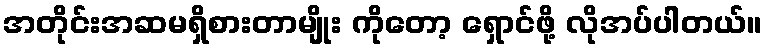
အတိုင်းအဆမရှိစားတာမျိုး ကိုတော့ ရှောင်ဖို့ လိုအပ်ပါတယ်။